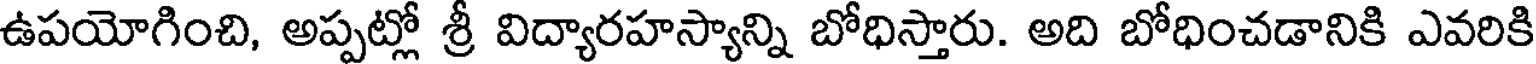
ఉపయోగించి, అప్పట్లో శ్రీ విద్యారహస్యాన్ని బోధిస్తారు. అది బోధించడానికి ఎవరికి